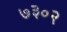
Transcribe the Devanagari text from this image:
७३०२